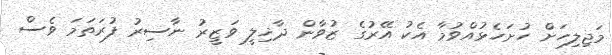
މަޖިލިހަށް ހުށަހެޅުއްވުމާ އެކު އޭރުގެ ޒުވާން ދާޚިލީ ވަޒީރު ނާސިރު ފުރަތަމަ ވެސް